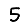
Digit: 5